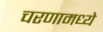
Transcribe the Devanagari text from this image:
चरणामध्ये